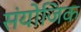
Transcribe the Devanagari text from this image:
संयोजिक